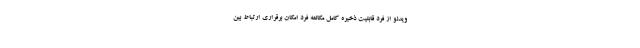
ویدئو از فرد قابلیت ذخیره‌ کامل مکالمه فرد امکان برقراری ارتباط بین